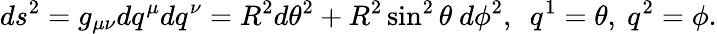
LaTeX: ds^{2}=g_{\mu\nu}dq^{\mu}dq^{\nu}=R^{2}d\theta^{2}+R^{2}\sin^{2}\theta~d\phi^{2},~~q^{1}=\theta,~q^{2}=\phi.